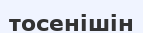
тосенішін